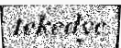
tekedye